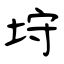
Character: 垨